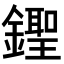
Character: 𨭰